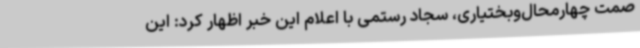
صمت چهارمحال‌وبختیاری، سجاد رستمی با اعلام این خبر اظهار کرد: این